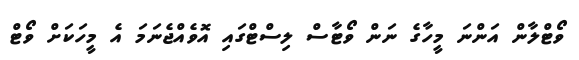
ވޯޓްލާން އަންނަ މީހާގެ ނަން ވޯޓާސް ލިސްޓްގައި އޮވެއްޖެނަމަ އެ މީހަކަށް ވޯޓް